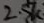
Text: 2.5K